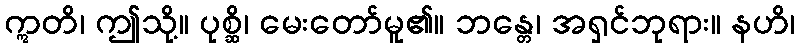
ဣတိ၊ ဤသို့။ ပုစ္ဆိ၊ မေးတော်မူ၏။ ဘန္တေ၊ အရှင်ဘုရား။ နဟိ၊